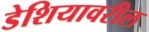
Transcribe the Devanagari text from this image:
डेशियावरील